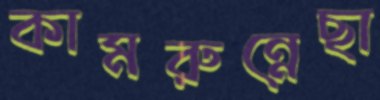
কামরুন্নেছা